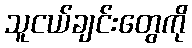
သူငယ်ချင်းတွေကို